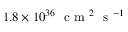
1 . 8 \times 1 0 ^ { 3 6 } \ \textrm { c m } ^ { 2 } \ \textrm { s } ^ { - 1 }